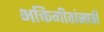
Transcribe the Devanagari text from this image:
भक्तिगीतांसाठी